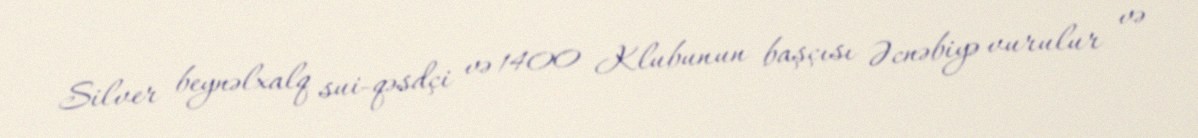
Silver beynəlxalq sui-qəsdçi və 1400 Klubunun başçısı Əcnəbiyə vurulur və